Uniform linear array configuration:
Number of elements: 8
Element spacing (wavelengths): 0.75
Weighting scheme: binomial
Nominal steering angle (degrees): -15
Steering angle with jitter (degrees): -14.027
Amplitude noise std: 0.05
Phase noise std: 0.05

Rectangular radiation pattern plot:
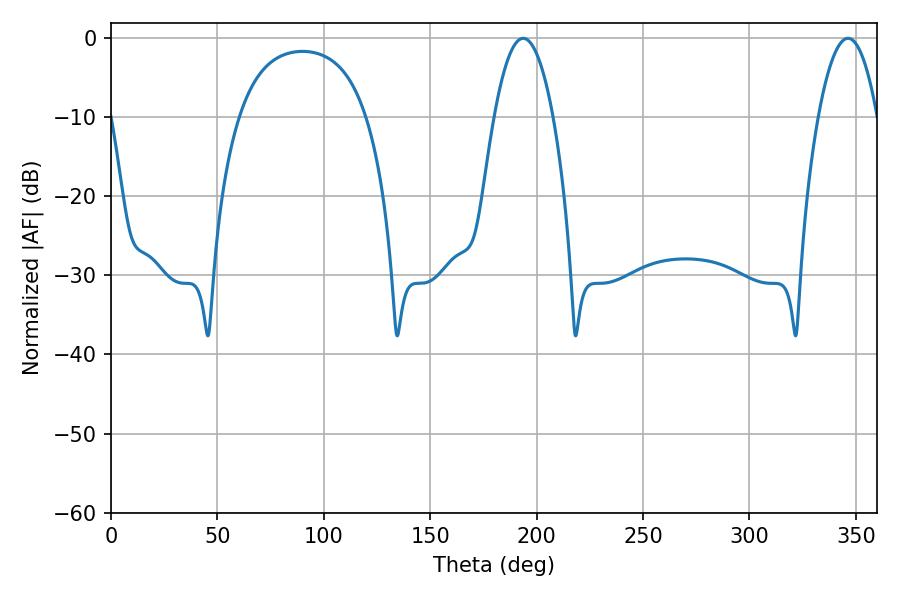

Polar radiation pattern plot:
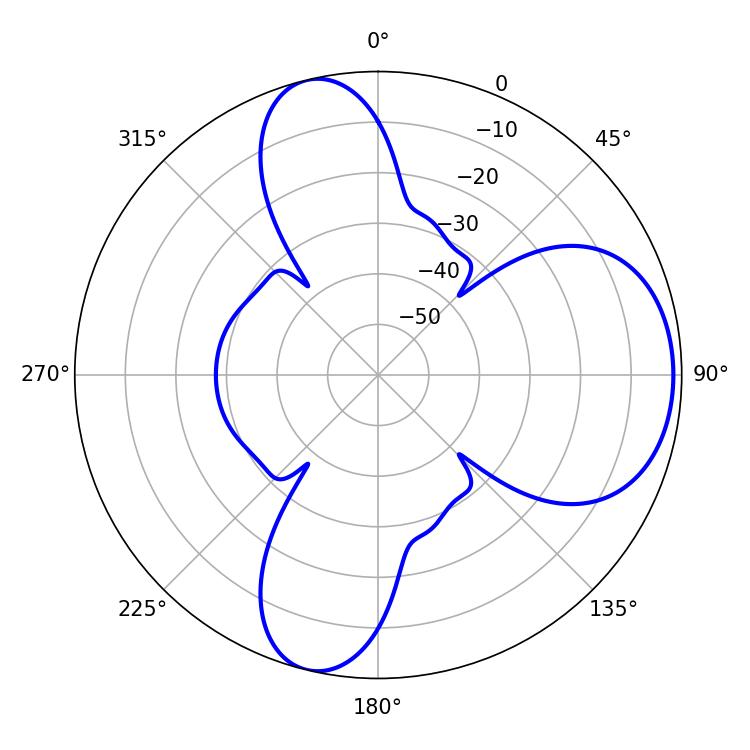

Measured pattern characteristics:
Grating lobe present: TRUE
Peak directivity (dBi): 7.748
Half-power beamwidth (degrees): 15.3
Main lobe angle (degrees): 193.68